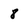
Character: 8